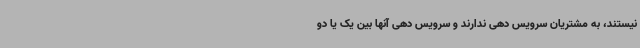
نیستند، به مشتریان سرویس دهی ندارند و سرویس دهی آنها بین یک یا دو